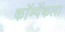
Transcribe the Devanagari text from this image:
कॉम्पॅकला